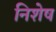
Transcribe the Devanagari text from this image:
निशेष